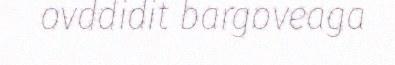
ovddidit bargoveaga